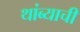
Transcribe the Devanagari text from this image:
थांब्याची